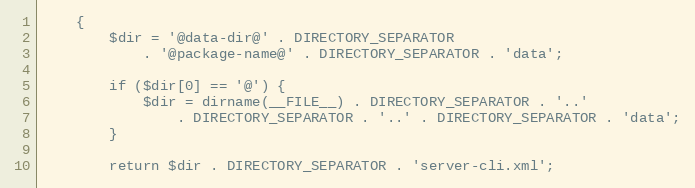
Language: PHP
    {
        $dir = '@data-dir@' . DIRECTORY_SEPARATOR
            . '@package-name@' . DIRECTORY_SEPARATOR . 'data';

        if ($dir[0] == '@') {
            $dir = dirname(__FILE__) . DIRECTORY_SEPARATOR . '..'
                . DIRECTORY_SEPARATOR . '..' . DIRECTORY_SEPARATOR . 'data';
        }

        return $dir . DIRECTORY_SEPARATOR . 'server-cli.xml';